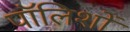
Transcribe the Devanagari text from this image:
पॉलिशों